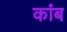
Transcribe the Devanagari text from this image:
कांब